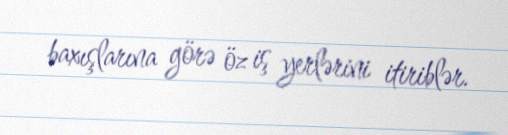
baxışlarına görə öz iş yerlərini itiriblər.